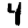
Digit: 4